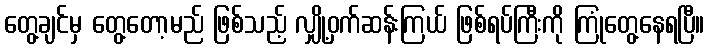
တွေ့ချင်မှ တွေ့တော့မည် ဖြစ်သည့် လျှို့ဝှက်ဆန်းကြယ် ဖြစ်ရပ်ကြီးကို ကြုံတွေ့နေရပြီ။